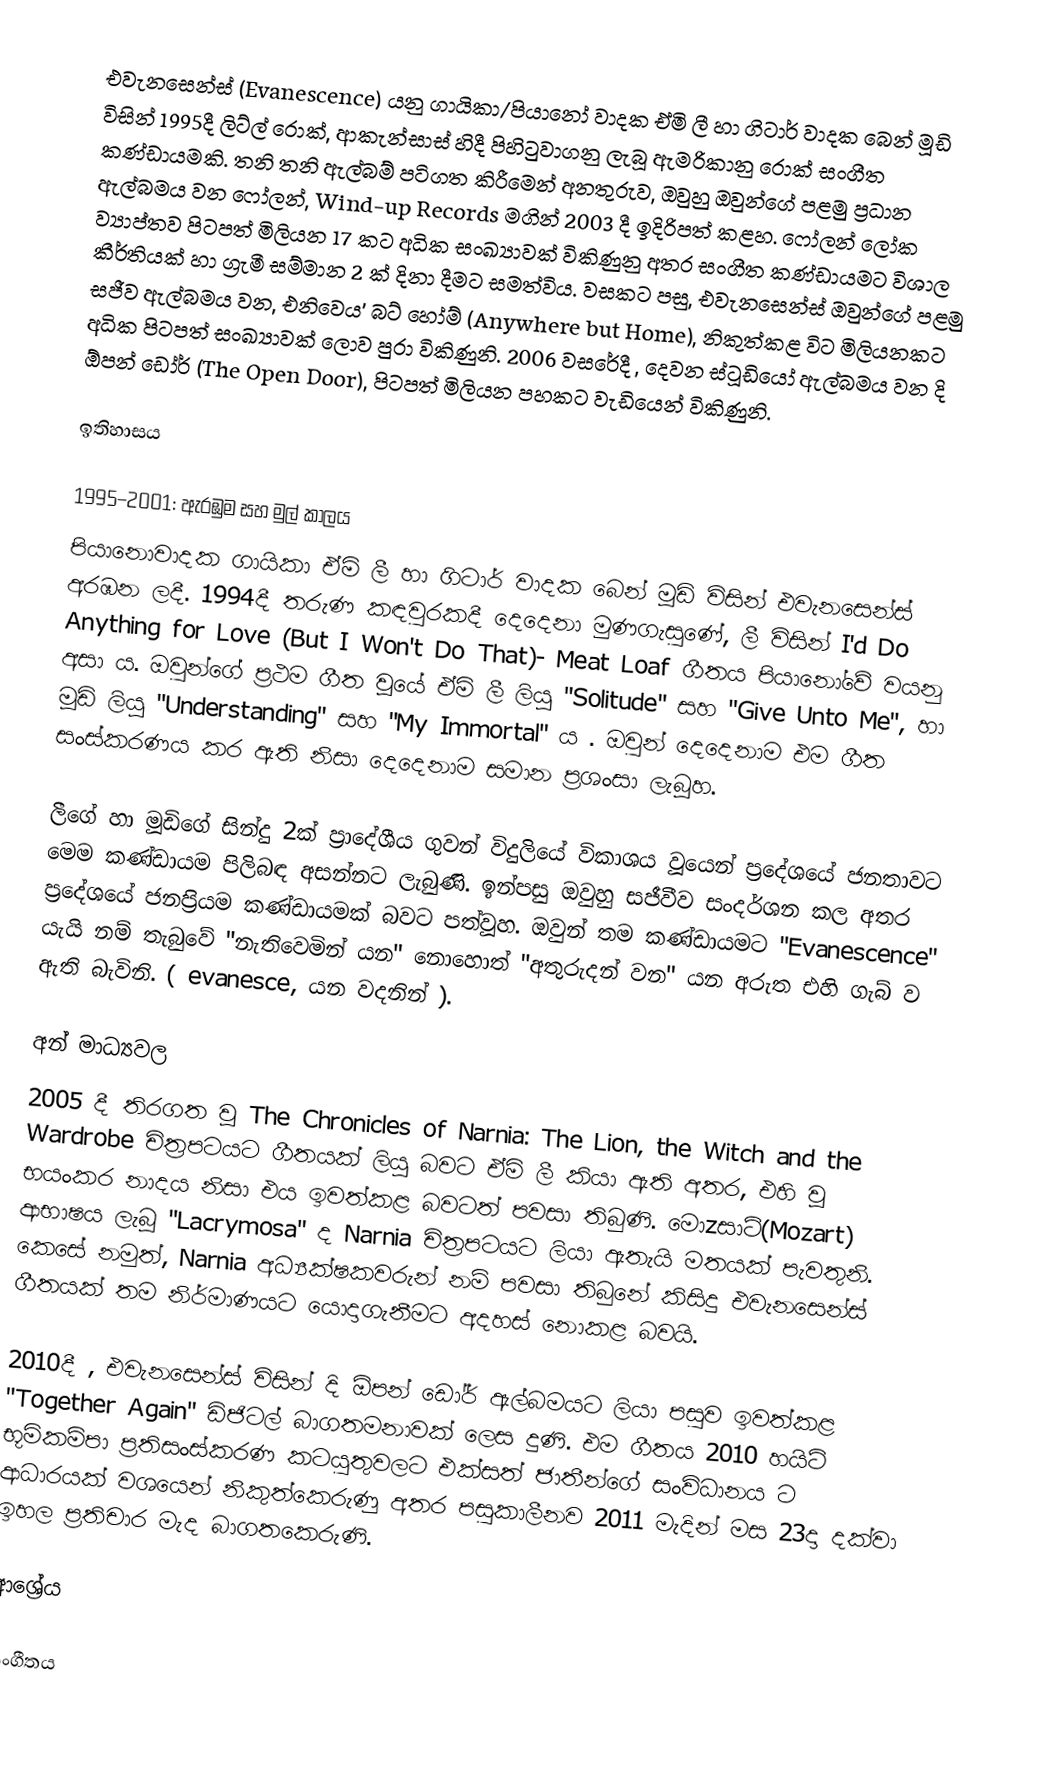
එවැනසෙන්ස් (Evanescence) යනු ගායිකා/පියානෝ වාදක ඒමි ලී හා ගිටාර් වාදක බෙන් මූඩි විසින් 1995දී ලිට්ල් රොක්, ආකැන්සාස් හිදී පිහිටුවාගනු ලැබූ ඇමරිකානු රොක් සංගීත කණ්ඩායමකි.  තනි තනි ඇල්බම් පටිගත කිරීමෙන් අනතුරුව, ඔවුහු ඔවුන්ගේ පළමු ප්‍රධාන ඇල්බමය වන  ෆෝලන්,  Wind-up Records මගින්  2003 දී ඉදිරිපත් කළහ. ෆෝලන්  ලෝක ව්‍යාප්තව පිටපත් මිලියන 17 කට අධික සංඛ්‍යාවක් විකිණුනු අතර සංගීත කණ්ඩායමට විශාල කීර්තියක් හා ග්‍රැමී සම්මාන 2 ක් දිනා දීමට සමත්විය.  වසකට පසු, එවැනසෙන්ස් ඔවුන්ගේ පළමු සජීව ඇල්බමය වන, එනිවෙය' බට් හෝම් (Anywhere but Home), නිකුත්කළ විට මිලියනකට අධික පිටපත් සංඛ්‍යාවක් ලොව පුරා විකිණුනි. 2006 වසරේදී , දෙවන ස්ටූඩියෝ ඇල්බමය වන දි ඕපන් ඩෝර් (The Open Door), පිටපත් මිලියන පහකට වැඩියෙන් විකිණුනි.

ඉතිහාසය

1995–2001: ඇරඹුම සහ මුල් කාලය
පියානොවාදක ගායිකා ඒමි ලී හා ගිටාර් වාදක බෙන් මූඩි විසින් එවැනසෙන්ස් අරඹන ලදී. 1994දී තරුණ කඳවුරකදී දෙදෙනා මුණගැසුණේ, ලී විසින් I'd Do Anything for Love (But I Won't Do That)- Meat Loaf ගීතය පියානෝවේ වයනු අසා ය. ඔවුන්ගේ ප්‍රථම ගීත වූයේ ඒමි ලී ලියූ "Solitude" සහ "Give Unto Me", හා මූඩි ලියූ  "Understanding" සහ "My Immortal" ය . ඔවුන් දෙදෙනාම එම ගීත සංස්කරණය කර ඇති නිසා දෙදෙනාම සමාන ප්‍රශංසා ලැබූහ.

ලීගේ හා මූඩිගේ සින්දු 2ක් ප්‍රාදේශීය ගුවන් විදුලියේ විකාශය වූයෙන් ප්‍රදේශයේ ජනතාවට මෙම කණ්ඩායම පිලිබඳ අසන්නට ලැබුණි. ඉන්පසු ඔවුහු සජීවීව සංදර්ශන කල අතර ප්‍රදේශයේ ජනප්‍රියම කණ්ඩායමක් බවට පත්වූහ. ඔවුන් තම කණ්ඩායමට "Evanescence" යැයි නම් තැබුවේ "නැතිවෙමින් යන" නොහොත් "අතුරුදන් වන" යන අරුත එහි ගැබ් ව ඇති බැවිනි. ( evanesce, යන වදනින් ).

අන් මාධ්‍යවල
2005 දී තිරගත වූ The Chronicles of Narnia: The Lion, the Witch and the Wardrobe චිත්‍රපටයට ගීතයක් ලියූ බවට ඒමි ලී කියා ඇති අතර, එහි වූ භයංකර නාදය නිසා එය ඉවත්කළ බවටත් පවසා තිබුණි. මොzසාට්(Mozart) ආභාෂය ලැබූ "Lacrymosa" ද Narnia චිත්‍රපටයට ලියා ඇතැයි මතයක් පැවතුනි. කෙසේ නමුත්, Narnia අධ්‍යක්ෂකවරුන් නම් පවසා තිබුනේ කිසිදු එවැනසෙන්ස් ගීතයක් තම නිර්මාණයට යොදාගැනීමට අදහස් නොකළ බවයි.

2010දී , එවැනසෙන්ස් විසින් දි ඕපන් ඩෝර් ඇල්බමයට ලියා පසුව ඉවත්කළ "Together Again" ඩිජිටල් බාගතමනාවක් ලෙස දුණි. එම ගීතය 2010 හයිටි භූමිකම්පා ප්‍රතිසංස්කරණ කටයුතුවලට එක්සත් ජාතීන්ගේ සංවිධානය ට ආධාරයක් වශයෙන් නිකුත්කෙරුණු අතර පසුකාලීනව 2011 මැදින් මස 23දා දක්වා ඉහල ප්‍රතිචාර මැද බාගතකෙරුණි.

ආශ්‍රේය

සංගීතය